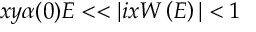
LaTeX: x y \alpha ( 0 ) E < < | i x W \left( E \right) | < 1